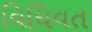
વિધિવત